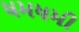
ધમધમી